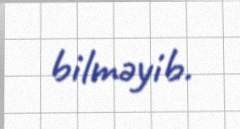
bilməyib.